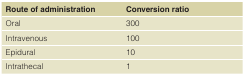
<table><thead><tr><td><b>Route of administration</b></td><td><b>Conversion ratio</b></td></tr></thead><tbody><tr><td>Oral</td><td>300</td></tr><tr><td>Intravenous</td><td>100</td></tr><tr><td>Epidural</td><td>10</td></tr><tr><td>Intrathecal</td><td>1</td></tr></tbody></table>